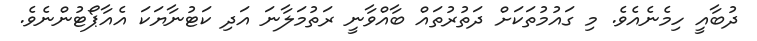
ދުބާއީ ހިމެނެއެވެ. މި ގައުމުތަކަށް ދަތުރުތައް ބާއްވާނީ ރަތުމަލާނަ އަދި ކަޓުނާޔަކަ އެއާޕޯޓުންނެވެ.